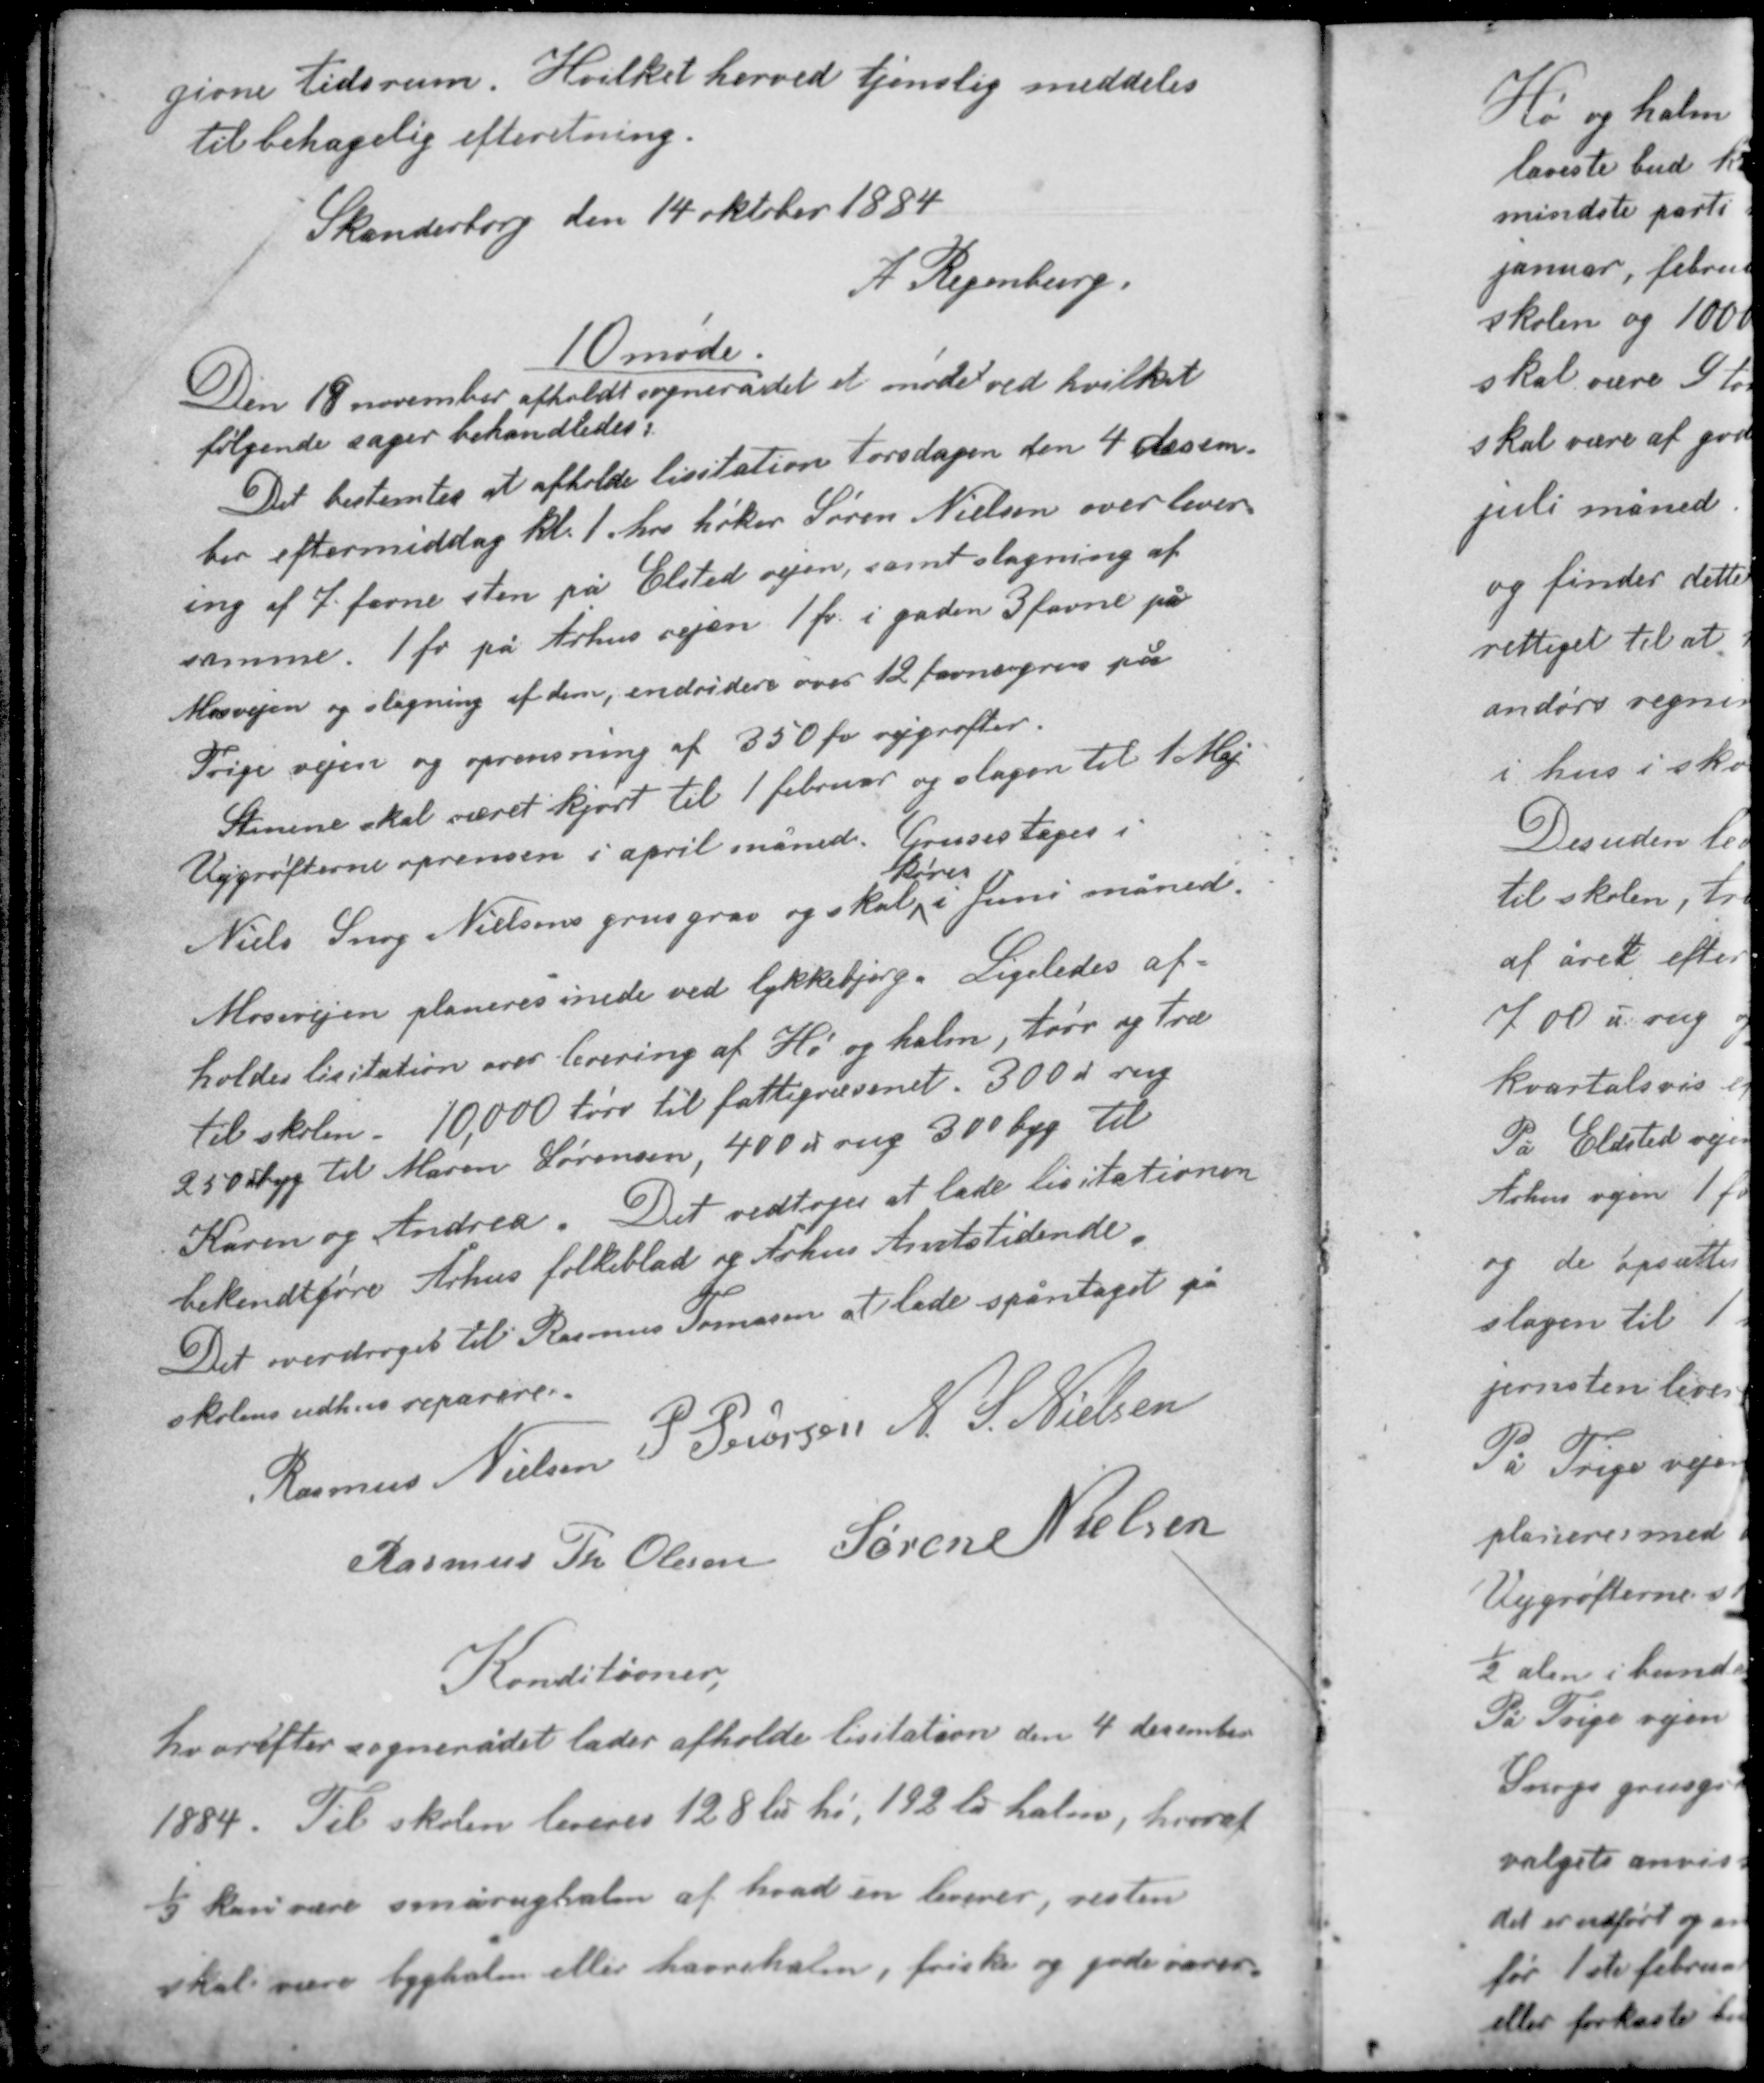
Transskription:
givne tidsrum. Hvilket herved tjenslig meddeles
til behagelig efteretning.

Skanderborg den 14 oktober 1884
A Regenburg

10 møde
Den 18 november afholdt sognerådet et møde ved hvilket
følgende sager behandledes:
Det bestemtes at afholde licitation torsdagen den 4 decem-
ber eftermiddag kl. 1 hos høker Søren Nielsen over lever-
ing af 7 favne sten på Elsted vejen samt slagning af
samme. 1 fv på Århus vejen 1 fv i gaden 3 favne på
Mosevejen og slagning af dem, endvidere over 12 favne grus på
Trige vejen og oprensning af 350 fv vejgrøfter.

Stenene skal været kjørt til 1 februar og slagen til 1 Maj.
Vejgrøfterne oprensen i april måned. Gruset tages i
køres
Niels Snog Nielsens grusgrav og skal i juni måned.

Mosevejen planeres nede ved lykkebjerg. Ligeledes af-
holdes licitation over levering af Hø og halm, tørv og træ
til skolen. 10,000 tørv til fattigvæsenet. 300 ℔ rug
250 ℔ byg til Maren Sørensen, 400 ℔ rug 300 byg til
Karen og Andrea. Det vedtoges at lade licitationen
bekendtgøre Århus folkeblad og Århus Amtstidende.
Det overdroges til Rasmus Tomasen at lade spåntaget på
skolens udhus reparere.

Rasmus Nielsen P. Pedersen N. S. Nielsen
Rasmus Th Olesen Søren Nielsen

Konditioner

hvorefter sognerådet lader afholde licitation den 4 december
1884. Til skolen leveres 128 ℔ hø, 192 ℔ halm, hvoraf
1/3 kan være smårughalm af hvad én leverer, resten
skal være byghalm eller havrehalm, friske og gode varer.